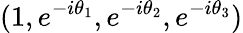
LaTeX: (1,e^{-i\theta_{1}},e^{-i\theta_{2}},e^{-i\theta_{3}})